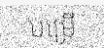
បម្រើ